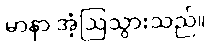
မာနာ အံ့ဩသွားသည်။